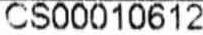
CS00010612